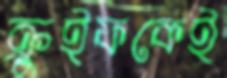
ক্রুইফকেই